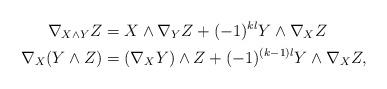
LaTeX: \begin{align*}\nabla_{X\wedge Y} Z&=X\wedge \nabla_Y Z+(-1)^{kl} Y\wedge \nabla_X Z\\\nabla_X(Y\wedge Z)&=(\nabla_X Y)\wedge Z+(-1)^{(k-1)l}Y\wedge \nabla_X Z,\end{align*}